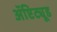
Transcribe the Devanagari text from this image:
ॲप्टिट्यूड